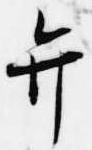
弁